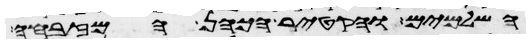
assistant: השלמים והקטיר הכהן המזבחה